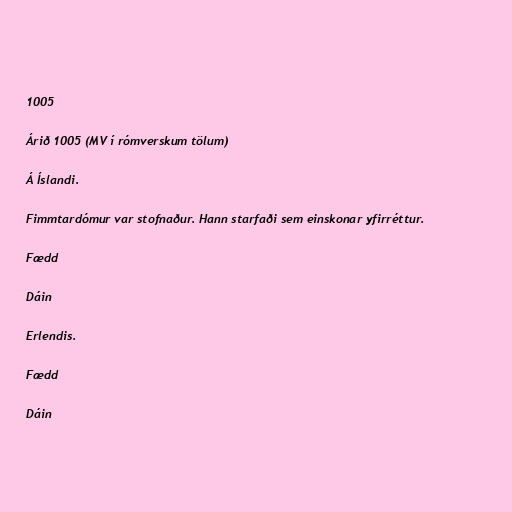
1005

Árið 1005 (MV í rómverskum tölum)

Á Íslandi.

Fimmtardómur var stofnaður. Hann starfaði sem einskonar yfirréttur.

Fædd

Dáin

Erlendis.

Fædd

Dáin